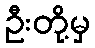
ဦးတို့မှ